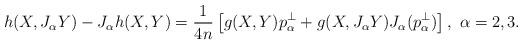
LaTeX: \begin{align*}h(X,J_\alpha Y)-J_\alpha h(X,Y)=\frac{1}{4n}\left[g(X,Y)p_\alpha^\bot +g(X,J_\alpha Y)J_\alpha (p_\alpha^\bot )\right] , \ \alpha =2,3 .\end{align*}